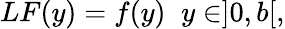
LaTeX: LF(y)=f(y)\; \; y\in]0,b[,